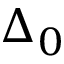
\Delta _ { 0 }